Civil Veterinary Department. Madras. Admin. report 1910-25 - 1910-1925
Year: 1910
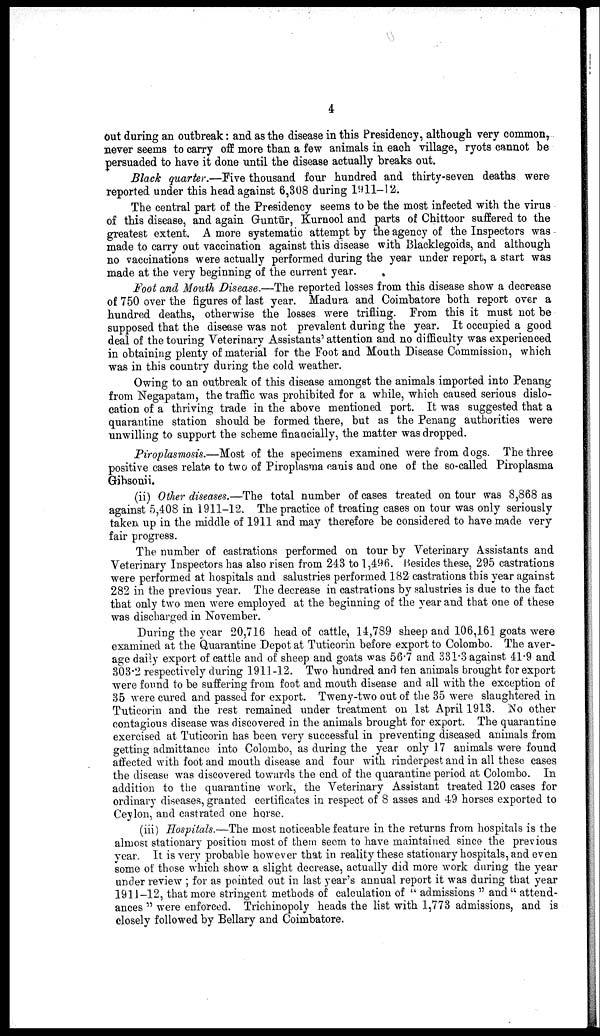
4
out during an outbreak: and as the disease in this Presidency, although very common,
never seems to carry off more than a few animals in each village, ryots cannot be
persuaded to have it done until the disease actually breaks out.
Black quarter.—Five thousand four hundred and thirty-seven deaths were
reported under this head against 6,308 during 1911-12.
The central part of the Presidency seems to be the most infected with the virus
of this disease, and again Guntur, Kurnool and parts of Chittoor suffered to the
greatest extent. A more systematic attempt by the agency of the Inspectors was
made to carry out vaccination against this disease with Blacklegoids, and although
no vaccinations were actually performed during the year under report, a start was
made at the very beginning of the current year.
Foot and Mouth Disease.—The reported losses from this disease show a decrease
of 750 over the figures of last year. Madura and Coimbatore both report over a
hundred deaths, otherwise the losses were trifling. From this it must not be
supposed that the disease was not prevalent during the year. It occupied a good
deal of the touring Veterinary Assistants attention and no difficulty was experienced
in obtaining plenty of material for the Foot and Mouth Disease Commission, which
was in this country during the cold weather.
Owing to an outbreak of this disease amongst the animals imported into Penang
from Negapatam, the traffic was prohibited for a while, which caused serious dislo-
cation of a thriving trade in the above mentioned port. It was suggested that a
quarantine station should be formed there, but as the Penang authorities were
unwilling to support the scheme financially, the matter was dropped.
Piroplasmosis.—Most of the specimens examined were from dogs. The three
positive cases relate to two of Piroplasma canis and one of the so-called Piroplasma
Gibsonii.
(ii) Other diseases.—The total number of cases treated on tour was 8,868 as
against 5,408 in 1911-12. The practice of treating cases on tour was only seriously
taken up in the middle of 1911 and may therefore be considered to have made very
fair progress.
The number of castrations performed on tour by Veterinary Assistants and
Veterinary Inspectors has also risen from 243 to 1,496. Besides these, 295 castrations
were performed at hospitals and salustries performed 182 castrations this year against
282 in the previous year. The decrease in castrations by salustries is due to the fact
that only two men were employed at the beginning of the year and that one of these
was discharged in November.
During the year 20,716 head of cattle, 14,789 sheep and 106,161 goats were
examined at the Quarantine Depot at Tuticorin before export to Colombo. The aver-
age daily export of cattle and of sheep and goats was 56.7 and 331.3 against 41.9 and
303.2 respectively during 1911-12. Two hundred and ten animals brought for export
were found to be suffering from foot and mouth disease and all with the exception of
35 were cured and passed for export. Tweny-two out of the 35 were slaughtered in
Tuticorin and the rest remained under treatment on 1st April 1913. No other
contagious disease was discovered in the animals brought for export. The quarantine
exercised at Tuticorin has been very successful in preventing diseased animals from
getting admittance into Colombo, as during the year only 17 animals were found
affected with foot and mouth disease and four with rinderpest and in all these cases
the disease was discovered towards the end of the quarantine period at Colombo. In
addition to the quarantine work, the Veterinary Assistant treated 120 cases for
ordinary diseases, granted certificates in respect of 8 asses and 49 horses exported to
Ceylon, and castrated one horse.
(iii) Hospitals.—The most noticeable feature in the returns from hospitals is the
almost stationary position most of them seem to have maintained since the previous
year. It is very probable however that in reality these stationary hospitals, and even
some of those which show a slight decrease, actually did more work during the year
under review ; for as pointed out in last year's annual report it was during that year
1911-12, that more stringent methods of calculation of "admissions" and "attend-
ances" were enforced. Trichinopoly heads the list with 1,773 admissions, and is
closely followed by Bellary and Coimbatore.